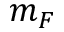
m _ { F }